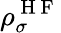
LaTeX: \rho_{\sigma}^{\mathrm{~H~F~}}